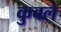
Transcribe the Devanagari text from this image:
कुबले